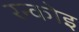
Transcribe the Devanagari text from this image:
रन्कोइ